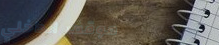
موقف الداخلي